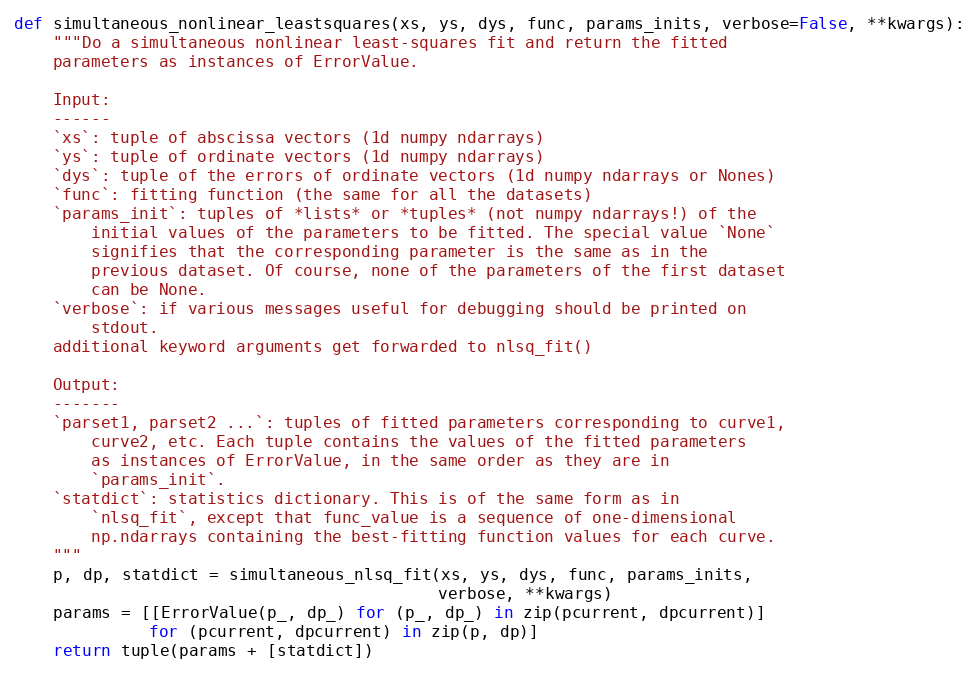
Language: Python
def simultaneous_nonlinear_leastsquares(xs, ys, dys, func, params_inits, verbose=False, **kwargs):
    """Do a simultaneous nonlinear least-squares fit and return the fitted
    parameters as instances of ErrorValue.

    Input:
    ------
    `xs`: tuple of abscissa vectors (1d numpy ndarrays)
    `ys`: tuple of ordinate vectors (1d numpy ndarrays)
    `dys`: tuple of the errors of ordinate vectors (1d numpy ndarrays or Nones)
    `func`: fitting function (the same for all the datasets)
    `params_init`: tuples of *lists* or *tuples* (not numpy ndarrays!) of the
        initial values of the parameters to be fitted. The special value `None`
        signifies that the corresponding parameter is the same as in the
        previous dataset. Of course, none of the parameters of the first dataset
        can be None.
    `verbose`: if various messages useful for debugging should be printed on
        stdout.
    additional keyword arguments get forwarded to nlsq_fit()

    Output:
    -------
    `parset1, parset2 ...`: tuples of fitted parameters corresponding to curve1,
        curve2, etc. Each tuple contains the values of the fitted parameters
        as instances of ErrorValue, in the same order as they are in
        `params_init`.
    `statdict`: statistics dictionary. This is of the same form as in
        `nlsq_fit`, except that func_value is a sequence of one-dimensional
        np.ndarrays containing the best-fitting function values for each curve.
    """
    p, dp, statdict = simultaneous_nlsq_fit(xs, ys, dys, func, params_inits,
                                            verbose, **kwargs)
    params = [[ErrorValue(p_, dp_) for (p_, dp_) in zip(pcurrent, dpcurrent)]
              for (pcurrent, dpcurrent) in zip(p, dp)]
    return tuple(params + [statdict])